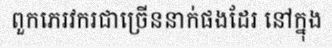
ពួកភេរវករជាច្រើននាក់ផងដែរ នៅក្នុង